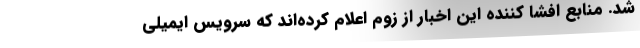
شد. منابع افشا کننده این اخبار از زوم اعلام کرده‌اند که سرویس ایمیلی